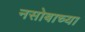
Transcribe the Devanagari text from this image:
नसोबाच्या